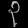
Digit: ၃